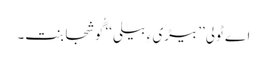
اے ٹولی’’ بیڑی ءِ بیلی‘‘ گُوشجابنت۔